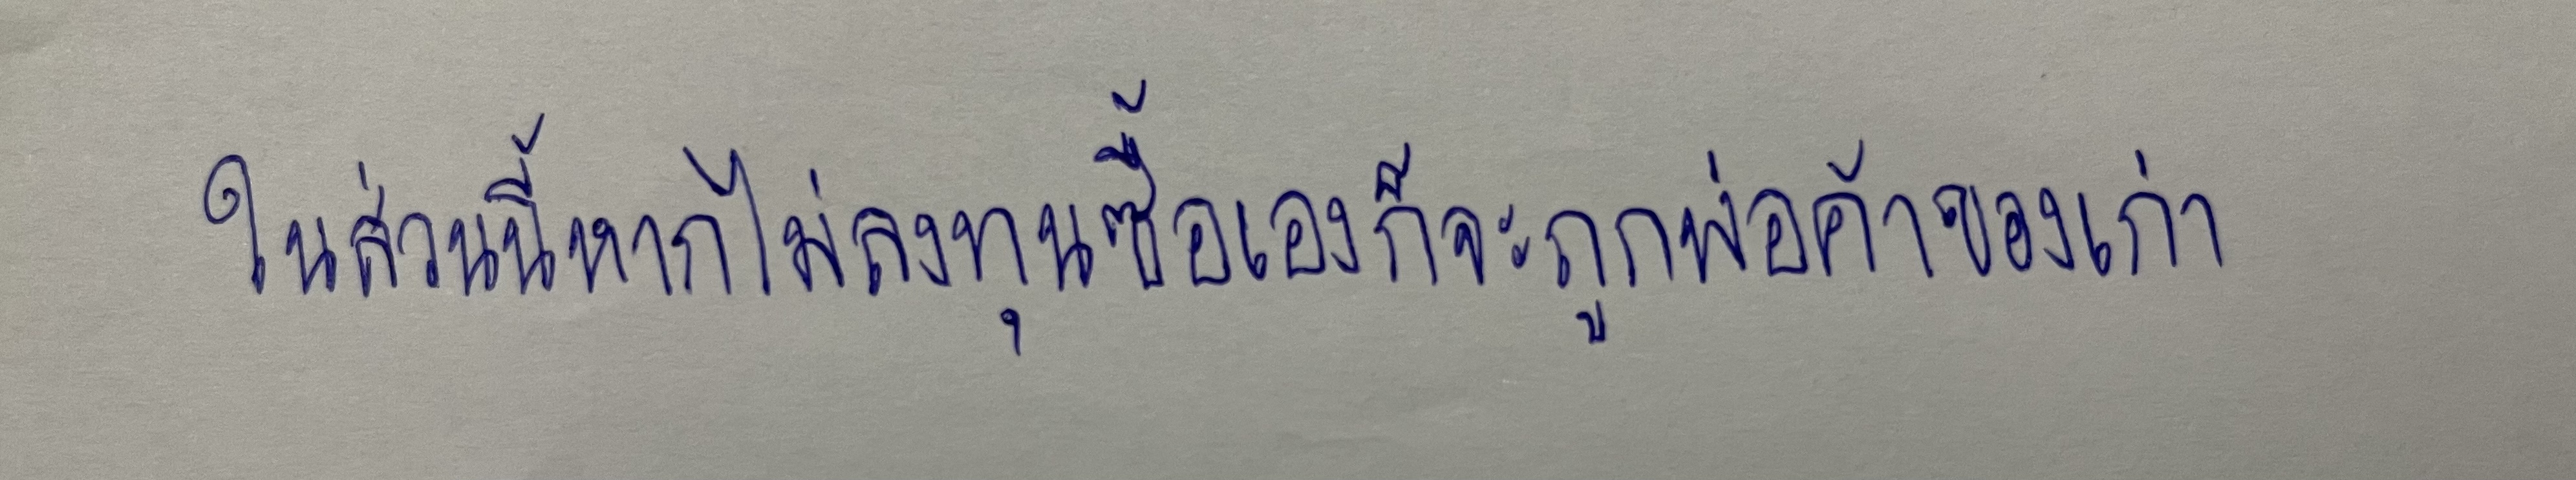
ในส่วนนี้หากไม่ลงทุนซื้อเองก็จะถูกพ่อค้าของเก่า